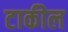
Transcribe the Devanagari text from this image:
टाकील